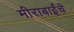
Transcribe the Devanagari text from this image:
मीराबाईंचे